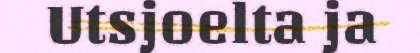
Utsjoelta ja